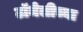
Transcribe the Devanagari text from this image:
टॉमेलीच्या